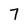
Character: 7